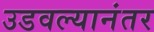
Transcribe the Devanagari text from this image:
उडवल्यानंतर